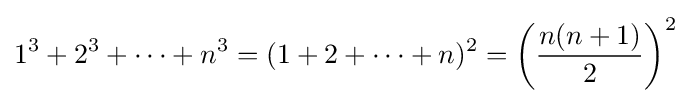
1^{3}+2^{3}+\dots +n^{3}=(1+2+\dots +n)^{2}=\left({\frac {n(n+1)}{2}}\right)^{2}